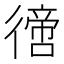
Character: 𢕮